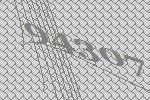
94307